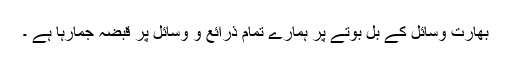
بھارت وسائل کے بل بوتے پر ہمارے تمام ذرائع و وسائل پر قبضہ جمارہا ہے ۔